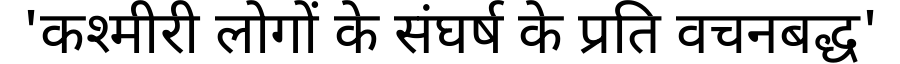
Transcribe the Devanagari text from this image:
'कश्मीरी लोगों के संघर्ष के प्रति वचनबद्ध'